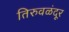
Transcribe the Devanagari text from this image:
तिरुवळंदूर